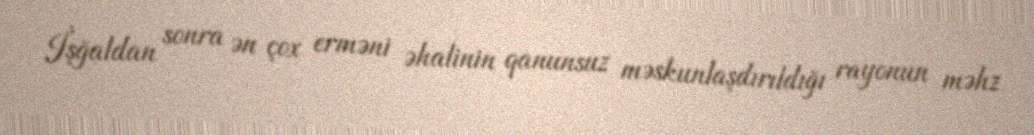
İşğaldan sonra ən çox erməni əhalinin qanunsuz məskunlaşdırıldığı rayonun məhz